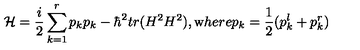
{ \cal H } = \frac { i } { 2 } \sum _ { k = 1 } ^ { r } p _ { k } p _ { k } - \hbar ^ { 2 } t r ( H ^ { 2 } H ^ { 2 } ) , { \mathrm { w } h e r e } p _ { k } = \frac { 1 } { 2 } ( p _ { k } ^ { l } + p _ { k } ^ { r } )